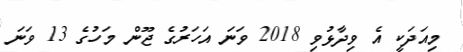
މިއަދަކީ އެ ވިދާޅުވި 2018 ވަނަ އަހަރުގެ ޖޫން މަހުގެ 13 ވަނަ